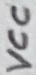
Text: VCC